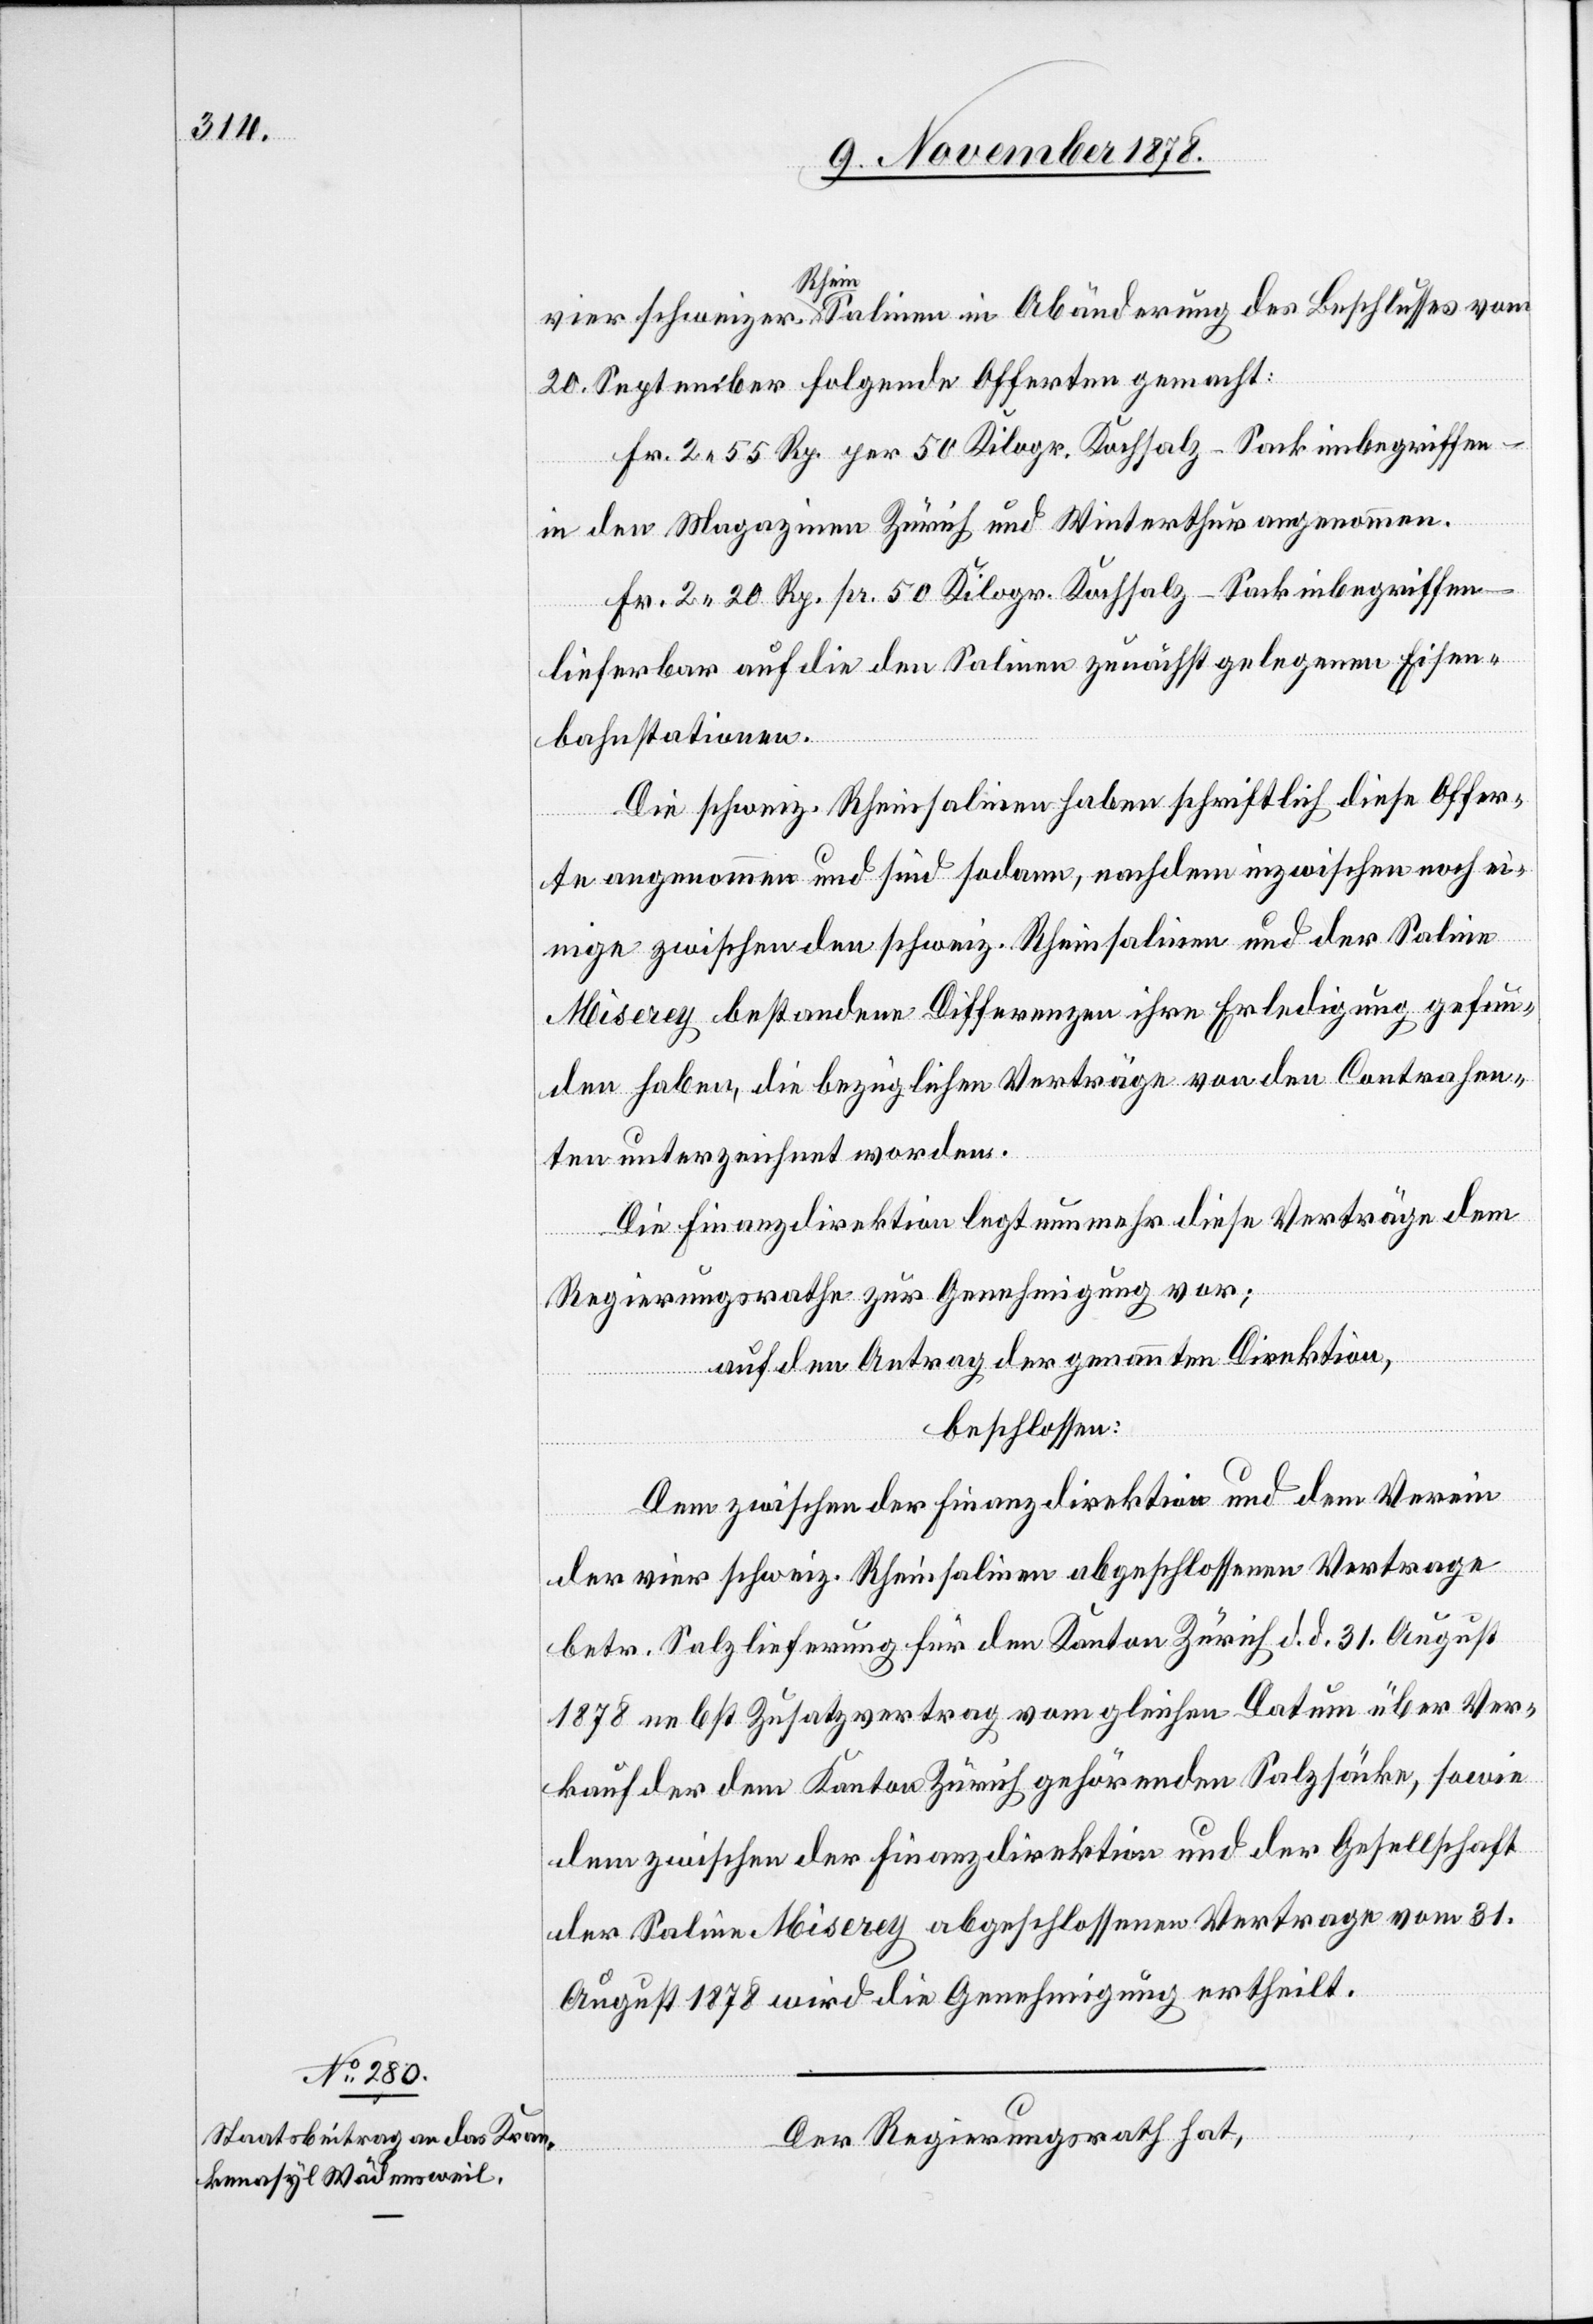
vier schweiz. Rheinsalinen in Abänderung des Beschlusses vom
20. September folgende Offerten gemacht:
Fr. 2 55 Rp. per 50 Kilogr. Kochsalz – Sack inbegriffen –
in den Magazinen Zürich und Winterthur angenommen.
Fr. 2 20 Rp. pr. 50 Kilogr. Kochsalz – Sack inbegriffen –
lieferbar auf die den Salinen zunächst gelegenen Eisen¬
bahnstationen.
Die schweiz. Rheinsalinen haben schriftlich diese Offer¬
ten angenommen und sind sodann, nachdem inzwischen noch ei¬
nige zwischen den schweiz. Rheinsalinen und der Saline
Miserey bestandenen Differenzen ihre Erledigung gefun¬
den haben, die bezüglichen Verträge von den Contrahen¬
ten unterzeichnet worden.
Die Finanzdirektion legt nunmehr diese Verträge dem
Regierungsrathe zur Genehmigung vor;
auf den Antrag der genannten Direktion,
beschlossen:
Dem zwischen der Finanzdirektion und dem Verein
der vier schweiz. Rheinsalinen abgeschlossenen Vertrage
betr. Salzlieferung für den Kanton Zürich d. d. 31. August
1878 nebst Zusatzvertrag vom gleichen Datum über Ver¬
kauf der dem Kanton Zürich gehörenden Salzsäcke, sowie
dem zwischen der Finanzdirektion und der Gesellschaft
der Saline Miserey abgeschlossenen Vertrage vom 31.
August 1878 wird die Genehmigung ertheilt.
Der Regierungsrath hat,